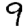
Digit: 9